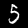
Digit: 5